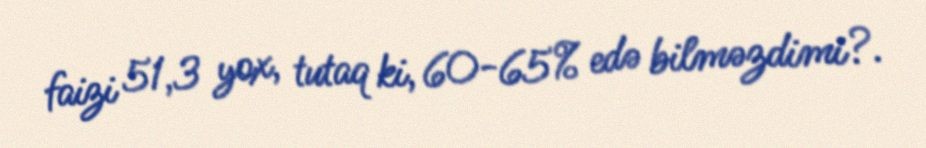
faizi 51,3 yox, tutaq ki, 60-65% edə bilməzdimi?.